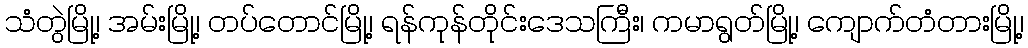
သံတွဲမြို့၊ အမ်းမြို့၊ တပ်တောင်မြို့၊ ရန်ကုန်တိုင်းဒေသကြီး၊ ကမာရွတ်မြို့၊ ကျောက်တံတားမြို့၊